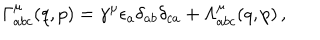
LaTeX: \Gamma _ { a b c } ^ { \mu } ( q , p ) = \gamma ^ { \mu } \epsilon _ { a } \delta _ { a b } \delta _ { c a } + \Lambda _ { a b c } ^ { \mu } ( q , p ) \, ,